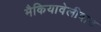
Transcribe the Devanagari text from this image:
मैकियावेलीवाद